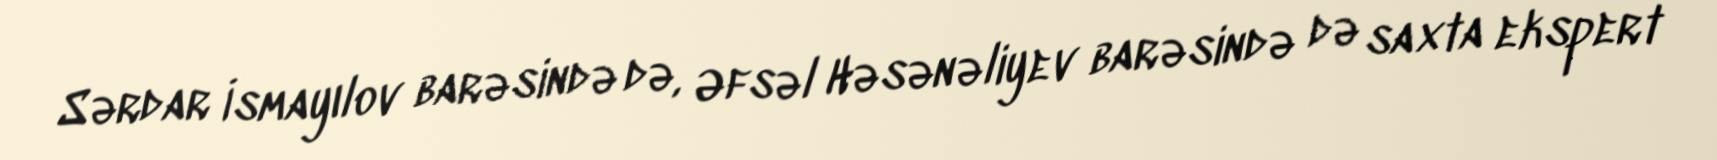
Sərdar İsmayılov barəsində də, Əfsəl Həsənəliyev barəsində də saxta ekspert